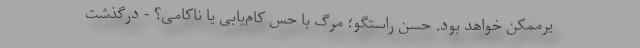
یرممکن خواهد بود. حسن راستگو؛ مرگ با حسّ کام‌یابی یا ناکامی؟ - درگذشت